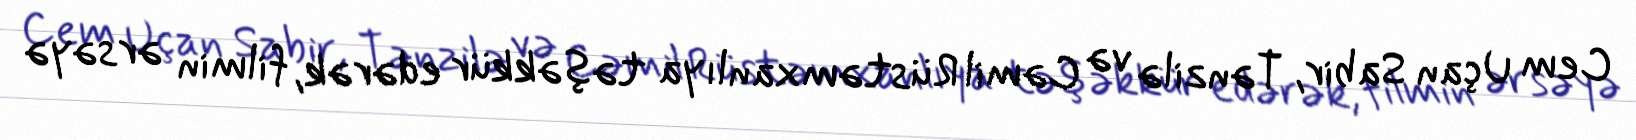
Cem Uçan Sabir, Tənzilə və Cəmil Rüstəmxanlıya təşəkkür edərək, filmin ərsəyə